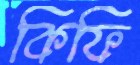
কিফি